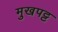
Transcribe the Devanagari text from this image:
मुखपट्ट